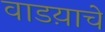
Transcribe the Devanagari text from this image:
वाडय़ाचे